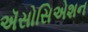
ઍસોસિએશન